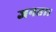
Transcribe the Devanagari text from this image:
जनता।